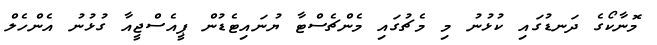
މޮނާކޯގެ ދަނޑުގައި ކުޅުނު މި މެޗުގައި މެންޗެސްޓާ ޔުނައިޓެޑުން ޕީއެސްޖީއާ ގުޅުނު އެންހެލް